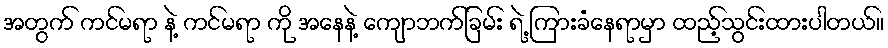
အတွက် ကင်မရာ နဲ့ ကင်မရာ ကို အနေနဲ့ ကျောဘက်ခြမ်း ရဲ့ ကြားခံနေရာမှာ ထည့်သွင်းထားပါတယ်။